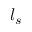
l _ { s }